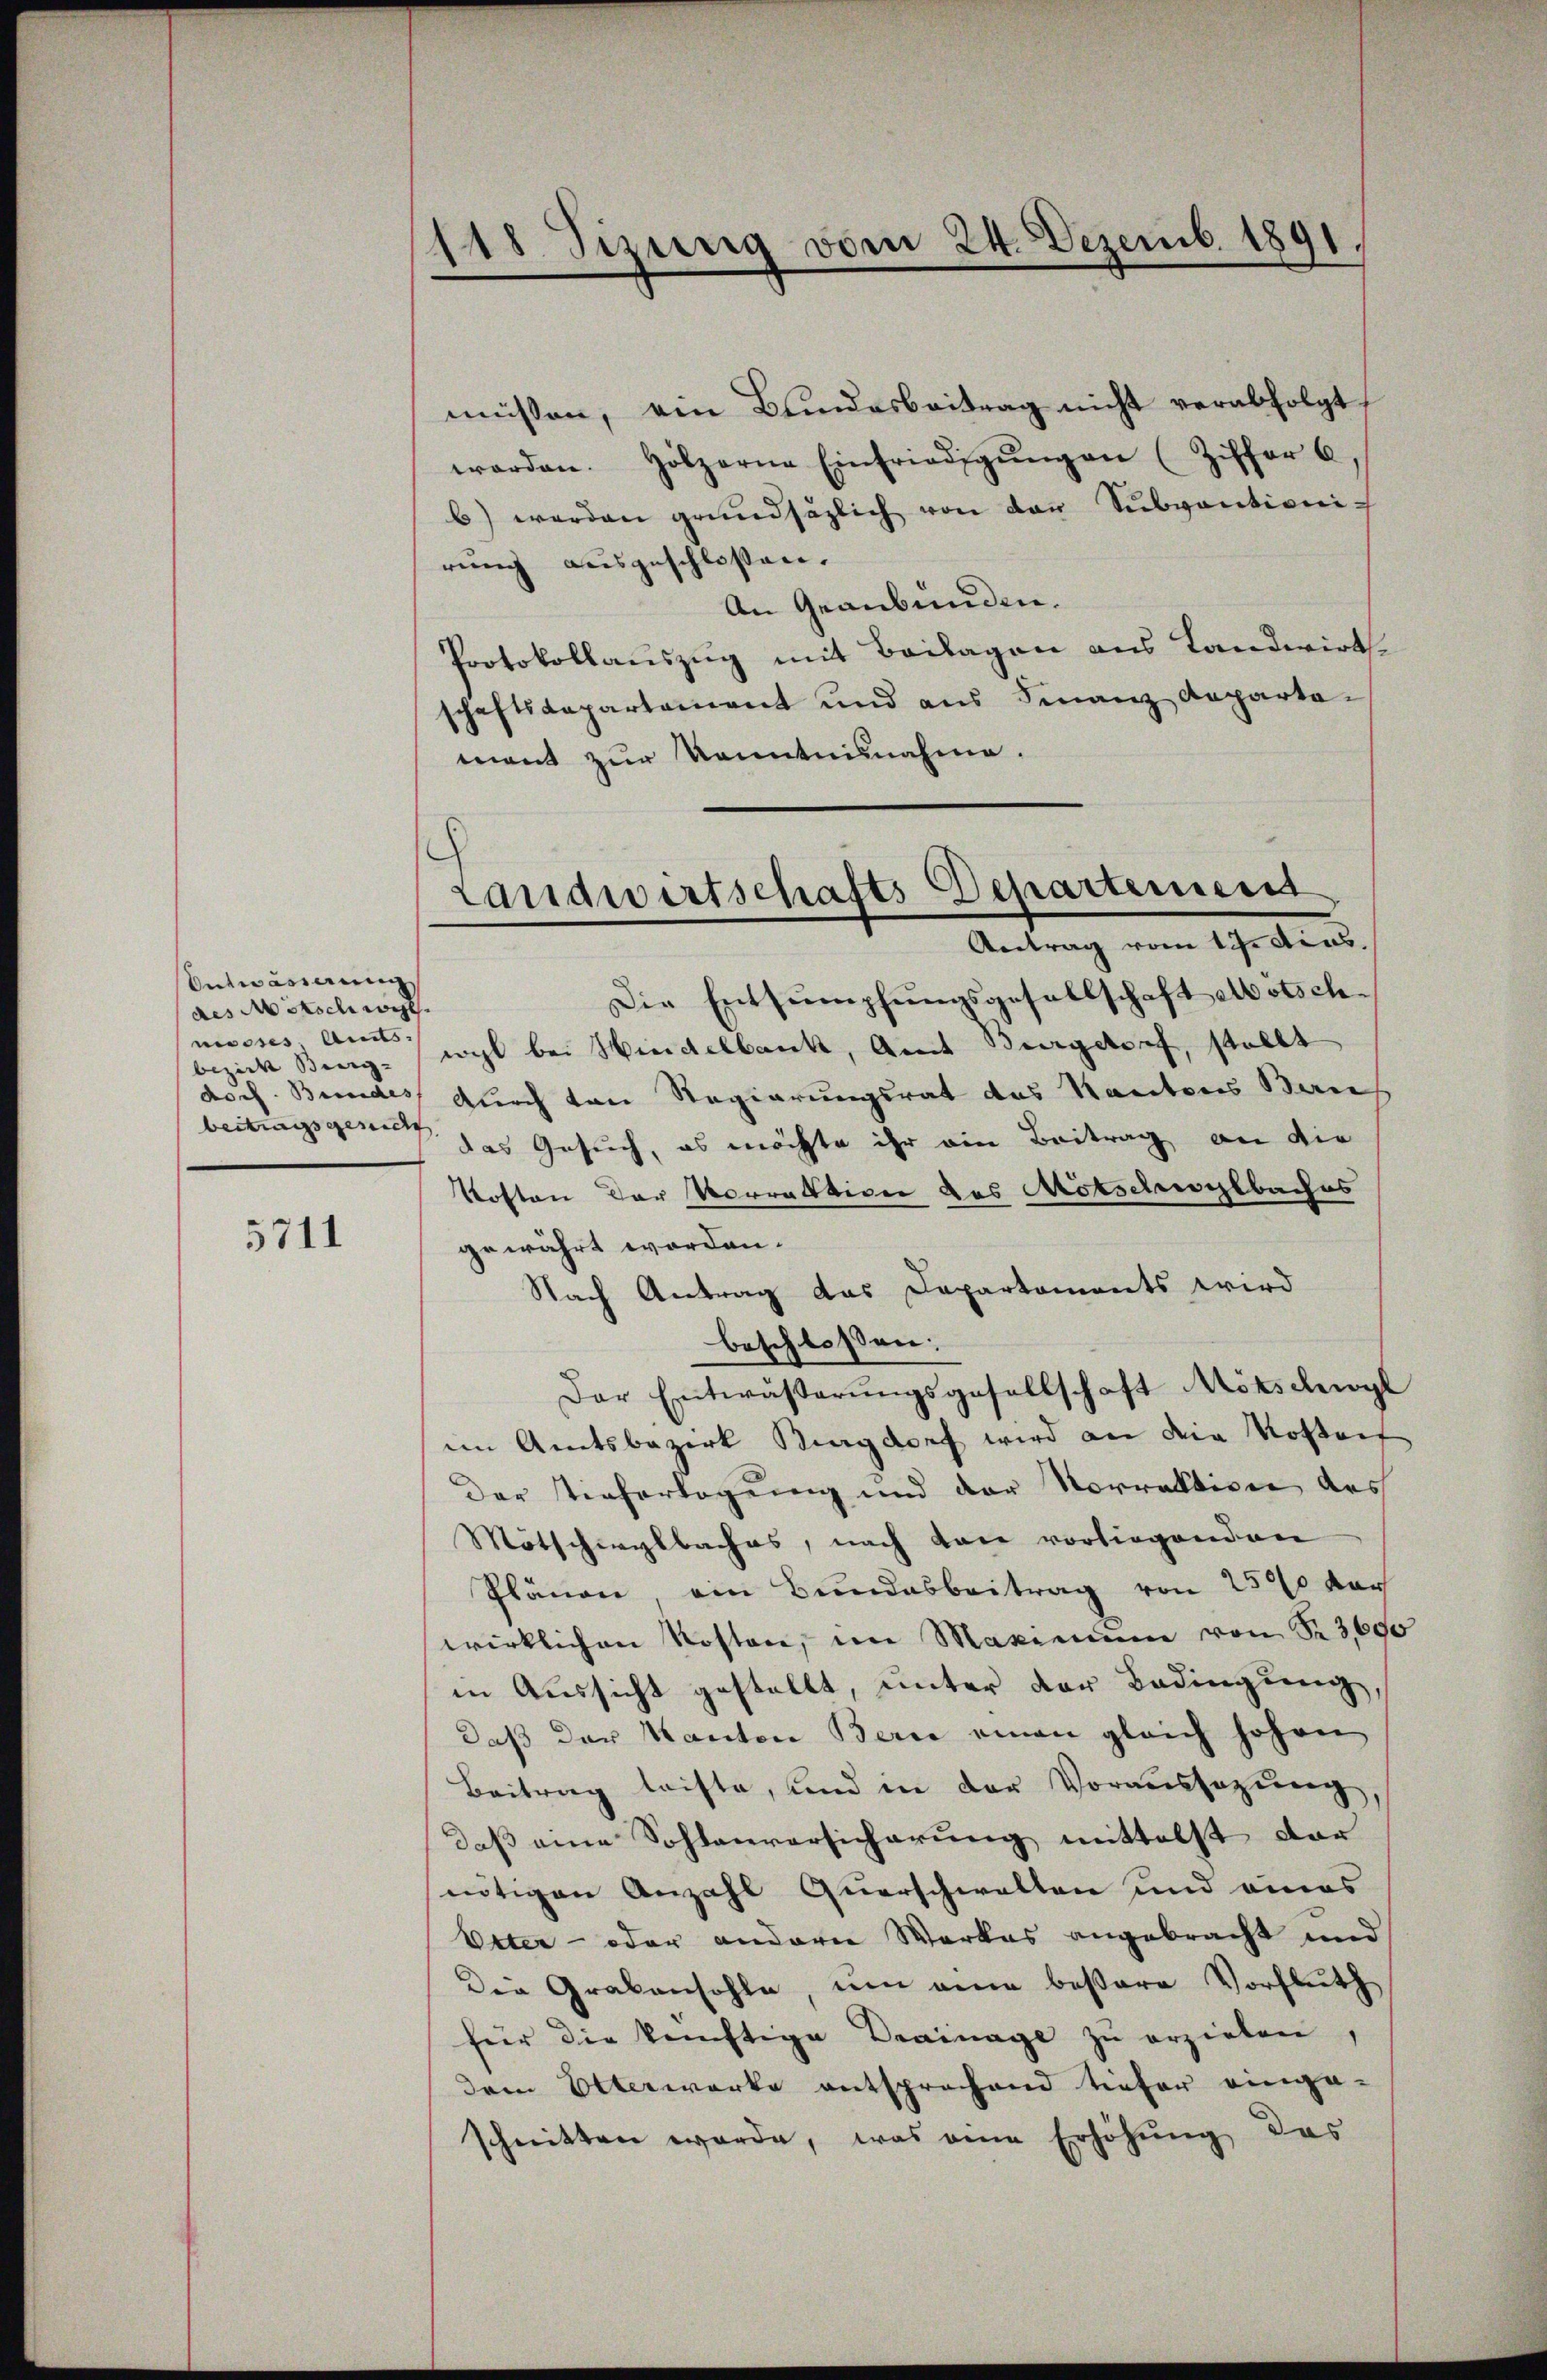
Entwässerung
des Mitschwist
niesses. Amts-
bezirk Beeig- |
beitragsgesch

5711

118. Sizung vom 24. Dezemb. 1891.

müssen, ein Bundesbeitrag nicht verabfolgt.
worden. Holzerne Einfriedigŭngen (Ziffer 6
b) werden grundsätzlich von den Subventioni
rung ausgeschlossen.
An Graubünden.
Protokollauszug mit Beilagen aus Landwirts
schaftsdepartement und aus Finanzdeparta-
mant zur Kenntnisnahme.
Die Entsumpfungsgesellschaft Motschwohl bei Wiedelbank, Amt Bergstorf, stellt
koch. Bundes durch von Regierungsrat des Kantons Ban
das Gesuch, es möchte ihr ein Beitrag an die
Koften der Vorrektion des Mötschwylbaches
gewährt worden.
Nach Antrag das Departements wird
beschlossen:
Der Entwässerŭngsgesellschaft Mörschwyl
im Amtsbezirk Burgdorf wird an die Kosteif
Der Tieferlegung und der Norraktion des
Mötschirglbaches, nach Laie vorliegenden
Plänen, ein Bundesbeitrag von 2500 vor
wirklichen Kosten, im Maximŭm von Sr 3,600
in Aussicht gestellt, unter der Bedingung,
daß der Kanton Bern einen gleich hohen
Beitrag leiste, und in der Voraussazung
daß eine Sohlenversicherung mittelst dar
nötigen Anzahl Querschwalten und eines
Veter - oder anderer Werkes angebracht und
Die Grabensohle, um eine bessere Vorfluth
für die künftige Drainage zu erziehen,
dem Otterwerke entsprechend tiefer einge-
schnitten werde, was eine Erhöhung das

Landwirtschafts Departement
Antrag vom 17. dies